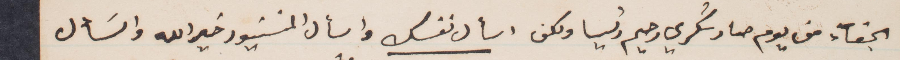
الجفاء من يوم صار شكري رحيّم رئيسًا ولكن اسألأ نفسك واسأل المونسنيور خيرالله واسأل